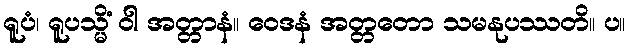
ရူပံ၊ ရူပသ္မိံ ဝါ အတ္တာနံ။ ဝေဒနံ အတ္တတော သမနုပဿတိ။ ပ။